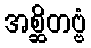
အစ္ဆိတဗ္ဗံ